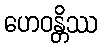
ဟေဝန္တိဿ